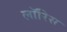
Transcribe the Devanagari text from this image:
लॉरिस